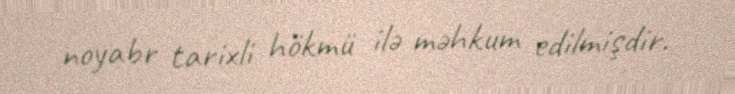
noyabr tarixli hökmü ilə məhkum edilmişdir.